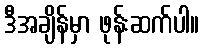
ဒီအချိန်မှာ ဖုန်းဆက်ပါ။